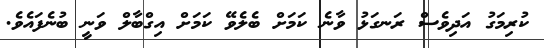
ކުރިމަގު އަދިވެސް ރަނގަޅު ވާނެ ކަމަށް ބެލެވޭ ކަމަށް އިގްބާލް ވަނީ ބުނެފައެވެ.